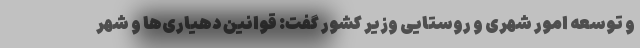
و توسعه امور شهری و روستایی وزیر کشور گفت: قوانین دهیاری‌ها و شهر